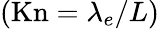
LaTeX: \left(\mathrm{{Kn}}={\lambda_{e}}/L\right)